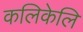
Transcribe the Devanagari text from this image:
कलिकेलि